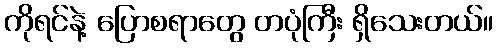
ကိုရင်နဲ့ ပြောစရာတွေ တပုံကြီး ရှိသေးတယ်။